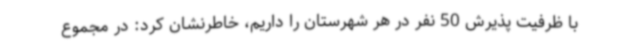
با ظرفیت پذیرش 50 نفر در هر شهرستان را داریم، خاطرنشان کرد: در مجموع